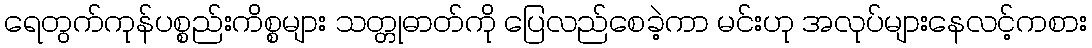
ရေတွက်ကုန်ပစ္စည်းကိစ္စများ သတ္တုဓာတ်ကို ပြေလည်စေခဲ့ကာ မင်းဟု အလုပ်များနေလင့်ကစား